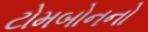
ટોમબોનનો